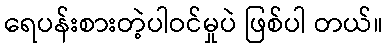
ရေပန်းစားတဲ့ပါဝင်မှုပဲ ဖြစ်ပါ တယ်။